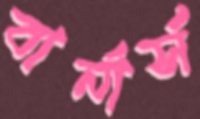
বার্নার্স